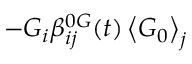
- G _ { i } \beta _ { i j } ^ { 0 G } ( t ) \left\langle \boldsymbol { G } _ { 0 } \right\rangle _ { j }